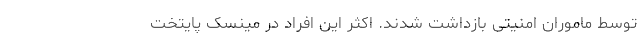
توسط ماموران امنیتی بازداشت شدند. اکثر این افراد در مینسک پایتخت